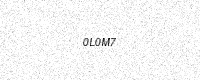
Text: 0L0M7